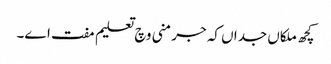
کچھ ملکاں جداں کہ جرمنی وچ تعلیم مفت ا‏‏ے۔